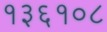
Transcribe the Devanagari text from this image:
१३६१०८